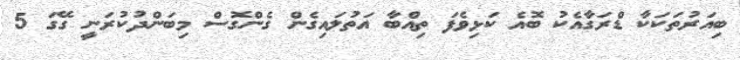
ބިއަރުތަކަކާ ޑްރަގާއެކު ބޮއެ ކަޅިވެފަ ތިއްބާ އަތުލައިގެން ގެންގޮސް މިބަންދުކުރަނީ ގޭގަ 5